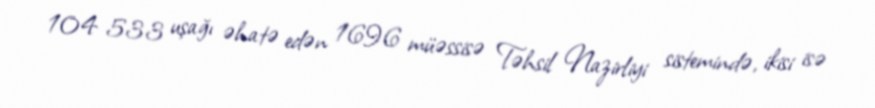
104 533 uşağı əhatə edən 1696 müəssisə Təhsil Nazirliyi sistemində, ikisi isə